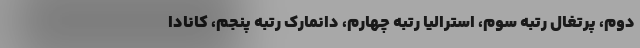
دوم، پرتغال رتبه سوم، استرالیا رتبه چهارم، دانمارک رتبه پنجم، کانادا